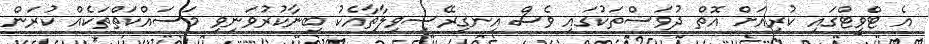
އެ ޓްވީޓްގައި ކުރިއަށް އޮތް ދުވަސްތަކުގައި ވެސް އިނގިރޭސިވިލާތާއެކު ބިނާކުރުވަނިވި މަސައްކަތްތަކެއް ކުރަން